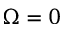
\Omega = 0